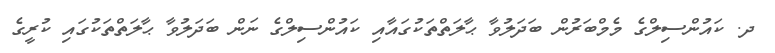
ދ. ކައުންސިލްގެ މެމްބަރުން ބަދަލުވާ ޙާލަތްތަކުގައާއި ކައުންސިލްގެ ނަން ބަދަލުވާ ޙާލަތްތަކުގައި ކުރީގެ